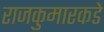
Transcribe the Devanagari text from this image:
राजकुमारकडे